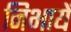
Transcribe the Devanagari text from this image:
निभायें